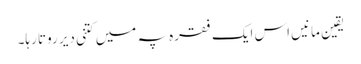
یقین مانیں اس ایک فقرہ پہ میں کتنی دیر روتا رہا۔